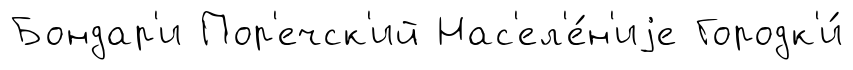
Бондар'и Пор'ечск'ий Нас'ел'е́н'иjе Городк'и́